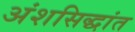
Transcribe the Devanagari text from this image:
अंशसिद्धांत